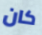
كان